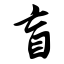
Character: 盲